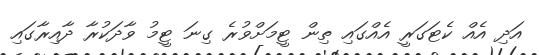
އަދި އެއް ކެޓަގަރީ އެއްގައި ތިން ޓީމަށްވުރެ ގިނަ ޓީމު ވާދަކުރާ ދާއިރާގައި